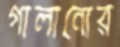
গালানোর